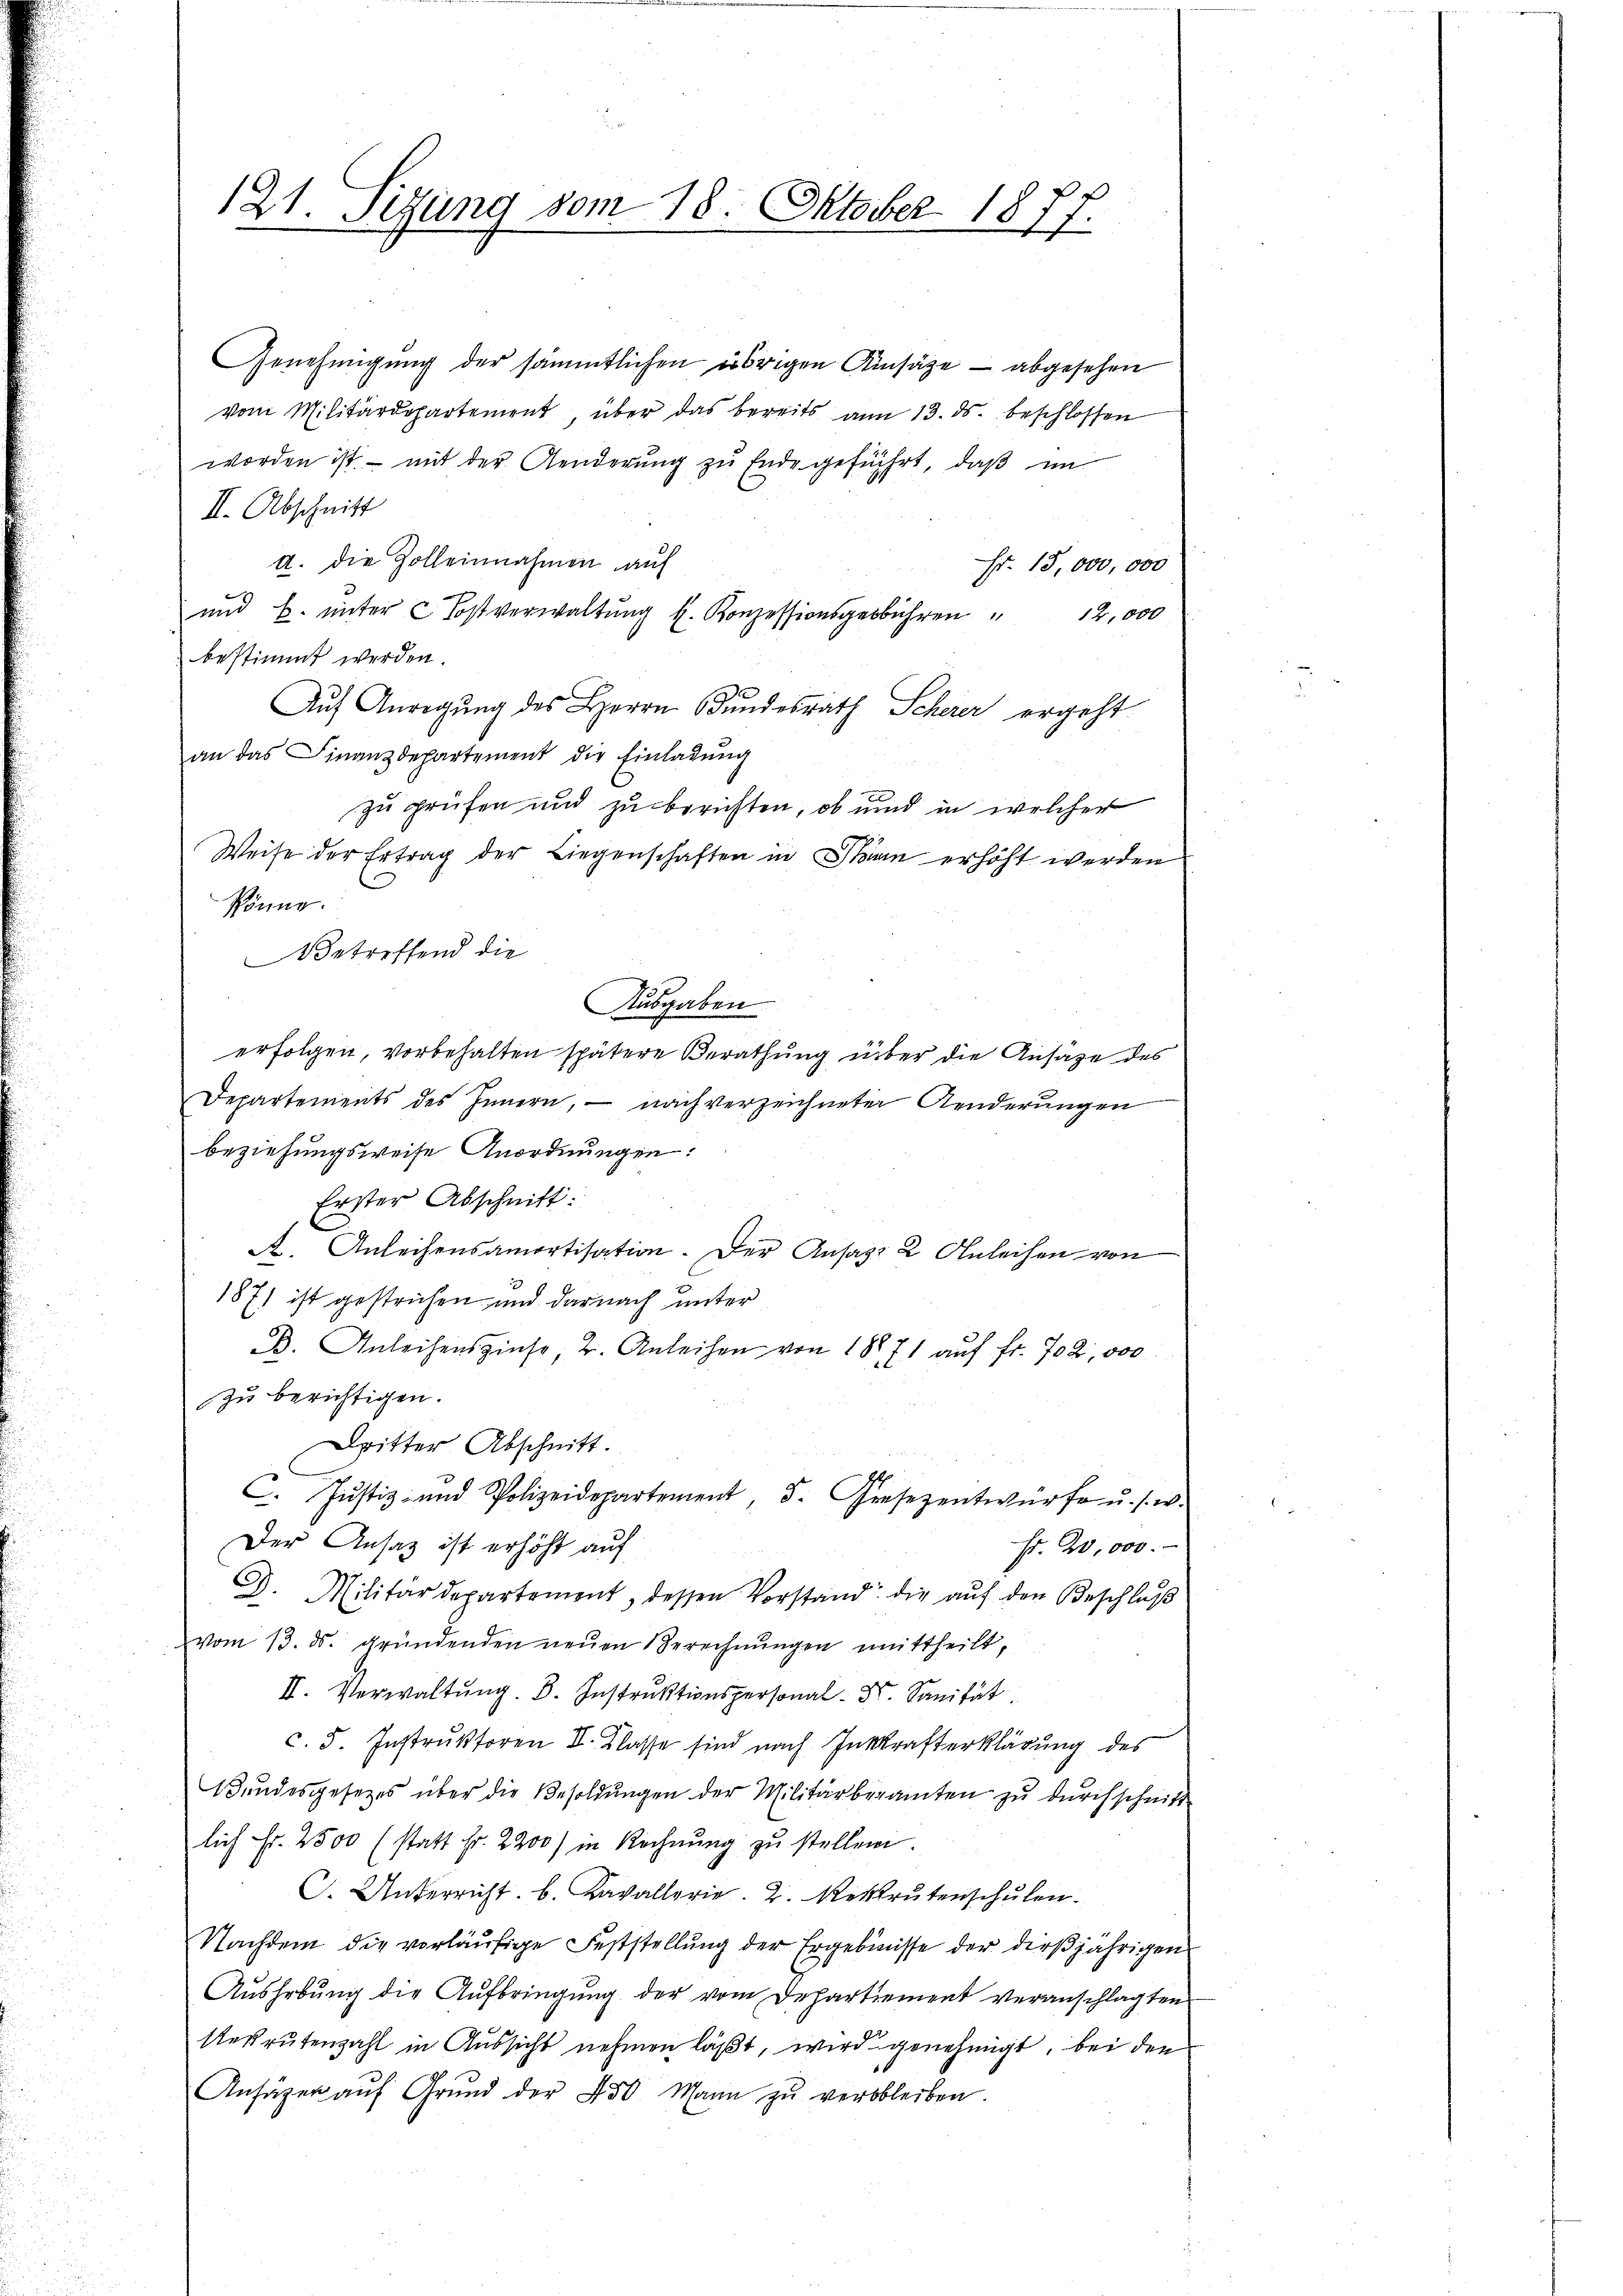
121. Sitzung vom 18. Oktober 1877.

Genehmigung der sämmtlichen übrigen Ainsätze — abgesehen
vom Militärdepartement über das bereits am 13. ds. beschlossen
worden ist – mit der Aenderung zu Ende geführt, daß im
II. Abschnitt
a. die Zolleinnahmen auf
Fr. 13,000,000
und k. unter Postverwaltung l. Konzessionsgebühren " 12,000
bestimmt werden.
Auf Anregung des Herrn Bundesrath Scherer ergeht
an das Finanzdepartement die Einladŭng
zu prüfen und zu berichten, ob und in welcher
Weise der Ertrag der Liegenschaften in Man erhöht werden
Rönne.
Betreffend die
Ausgaben
erfolgen, vorbehalten spätere Berathung über die Ansähe des
Departements des Innern, nach verzeichneter Aenderŭngen
beziehungsweise Anordnungen:
Erster Abschnitt.
A. Anleihensamortisation. Der Ansatz 2 Anleihen von
1871 ist gestrichen und darnach unter
B. Anleihenszinse, 2. Anleihen von 18871 auf fr. 702, 000
zu berichtigen.
Dritter Abschnitt.
C. Justiz- und Polizeidepartement, d. Gesezentwürfe u. s. w.
Der Ansatz ist erhöht auf
Fr. 20,000.
F. Militärdepartement, dessen Vorstand die aŭf den Beschlaβ
vom 13. ds. gründenden neuen Berechnŭngen emittheilt,
II. Verwaltŭng. B. Instrŭktionspersonal- Dr. Sanität
c. 5. Instruktoren I. Klasse sind nach Inkrafterklärung des
Bundesgesetzes über die Besoldungen der Militärberamten zu durchschnitt
lich Fr. 2500 (statt Fr. 2200) in Rechnŭng zŭ stellen.
F. Unterricht. b. Kavallerie. 2. Rekrutenschŭlen.
Nachdem die vorläufige Feststellung der Ergebnisse der dießjährigen
Aushebung die Aufbringung der vom Departiement veranschlagten
Rekrutenzahl in Aussicht nehmen läßt, wird genehmigt, bei den
Anfügen aŭf Grŭnd der 450 Mann zŭ verbleiben.